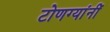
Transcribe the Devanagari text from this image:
टोणग्यांनीं